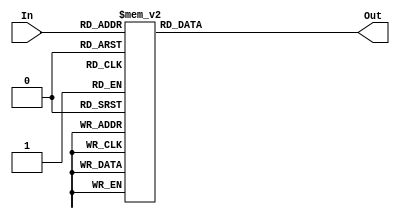
/* Decodificador  binario para display 7 segmentos */

module Decoder7 (
	input wire [3:0] In,
	output reg [6:0] Out);

	always @(*)	
		case (In)
			4'b0000 : Out = ~7'b0111111; //0
			4'b0001 : Out = ~7'b0000110; //1
			4'b0010 : Out = ~7'b1011011; //2
			4'b0011 : Out = ~7'b1001111; //3

			4'b0100 : Out = ~7'b1100110; //4
			4'b0101 : Out = ~7'b1101101; //5
			4'b0110 : Out = ~7'b1111101; //6
			4'b0111 : Out = ~7'b0000111; //7
 
			4'b1000 : Out = ~7'b1111111; //8
			4'b1001 : Out = ~7'b1101111; //9
			4'b1010 : Out = ~7'b1110111; //a
			4'b1011 : Out = ~7'b1111100; //b

			4'b1100 : Out = ~7'b0111001; //c
			4'b1101 : Out = ~7'b1011110; //d
			4'b1110 : Out = ~7'b1111001; //e
			4'b1111 : Out = ~7'b1110001; //f
	
			default : Out = ~7'b0000000;
		endcase
		
endmodule